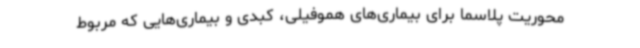
محوریت پلاسما برای بیماری‌های هموفیلی، کبدی و بیماری‌هایی که مربوط